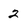
Character: 2